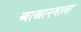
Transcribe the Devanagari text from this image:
व्याखानमाला